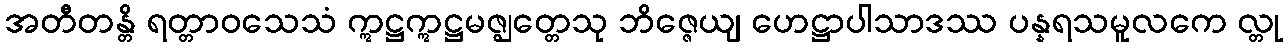
အတီတန္တိ ရတ္တာဝသေသံ ဣဋ္ဌဣဋ္ဌမဇ္ဈတ္တေသု ဘိဇ္ဇေယျ ဟေဋ္ဌာပါသာဒဿ ပန္နရသမူလကေ လ္တု